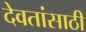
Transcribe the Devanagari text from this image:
देवतांसाठी